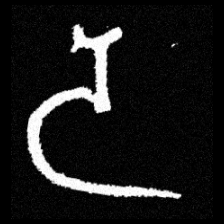
Pyu character \u2014 Myanmar letter: ဒ (romanized: da)